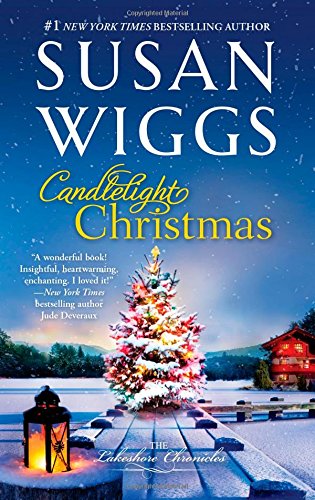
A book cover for Candlelight Christmas (The Lakeshore Chronicles); Susan Wiggs; Romance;